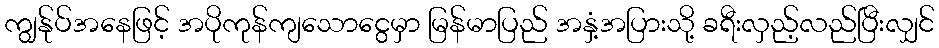
ကျွန်ုပ်အနေဖြင့် အပိုကုန်ကျသောငွေမှာ မြန်မာပြည် အနှံ့အပြားသို့ ခရီးလှည့်လည်ပြီးလျှင်